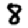
Digit: 8